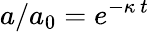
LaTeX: a/a_{0}=e^{-\kappa~t}